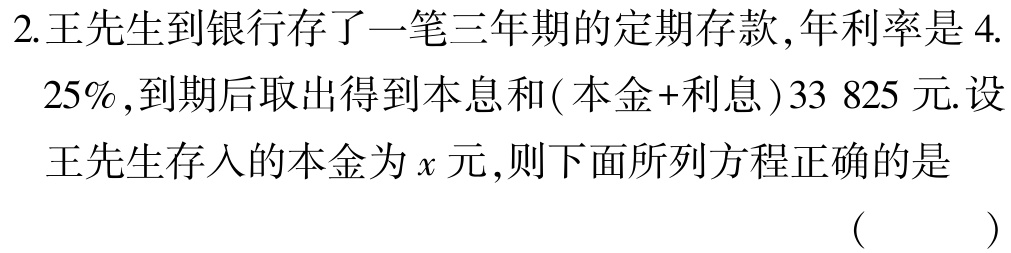
2.王先生到银行存了一笔三年期的定期存款,年利率是4.
$25\%$,到期后取出得到本息和(本金+利息)33 825元.设
王先生存入的本金为$x$元,则下面所列方程正确的是
( )